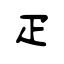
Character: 疋